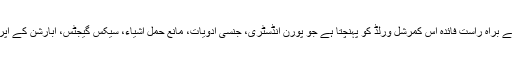
معاشروں کے اندر جنسی آگاہی اور ارزانی پیدا کرنے سے براہ راست فائدہ اس کمرشل ورلڈ کو پہنچتا ہے جو پورن انڈسٹری، جنسی ادویات، مانع حمل اشیاء، سیکس گیجٹس، ابارشن کے آپریٹس اور جنسی تلذذ کیلئے فوڈ سپلیمنٹس وغیرہ بناتا ہے۔